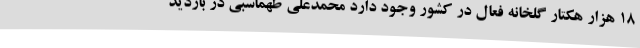
18 هزار هکتار گلخانه فعال در کشور وجود دارد محمدعلی طهماسبی در بازدید